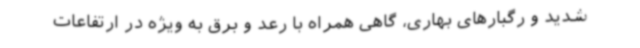
شدید و رگبارهای بهاری، گاهی همراه با رعد و برق به ویژه در ارتفاعات